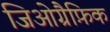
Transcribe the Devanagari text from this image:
जिओग्रैफ़िक